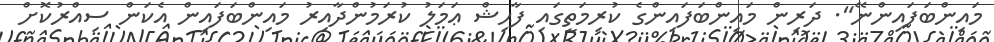
މައިންބަފައިންނޭ". ދަރިން މައިންބަފައިންގެ ކުރިމަތީގައި ފާޙިޝް ޢަމަލު ކުރަމުންދާއިރު މައިންބަފައިން އެކަން ސިއްރުކޮށް